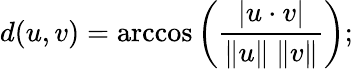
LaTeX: d(u,v)=\operatorname{arccos}\left({\frac{|u\cdot v|}{\| u\| \ \| v\| }}\right);